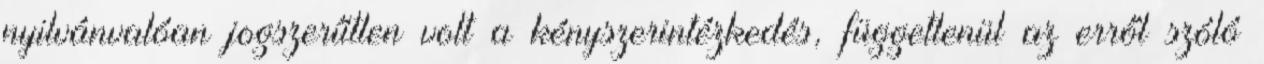
nyilvánvalóan jogszerűtlen volt a kényszerintézkedés, függetlenül az erről szóló